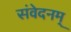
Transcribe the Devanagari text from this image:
संवेदनम्‌